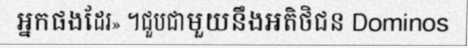
អ្នកផងដែរ» ។ជួបជាមួយនឹងអតិថិជន Dominos